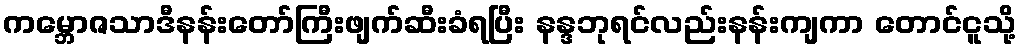
ကမ္ဘောဇသာဒီနန်းတော်ကြီးဖျက်ဆီးခံရပြီး နန္ဒဘုရင်လည်းနန်းကျကာ တောင်ငူသို့